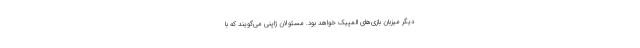
دیگر میزبان بازی‌های المپیک خواهد بود. مسئولان ژاپنی می‌گویند که با